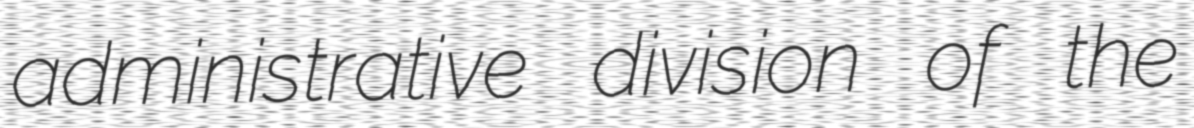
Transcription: administrative division of the